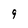
Character: 9